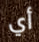
أي